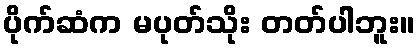
ပိုက်ဆံက မပုတ်သိုး တတ်ပါဘူး။